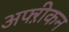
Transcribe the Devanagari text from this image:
अफ्ऱीकन